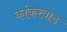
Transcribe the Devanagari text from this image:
कांकरवाड